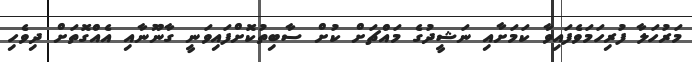
މަރުހަލާ ފުރިހަމަވެފައިވާ ކަމަށާއި ނަޝީދުގެ މައްޗަށް ކުށް ސާބިތުކޮށްފައިވަނީ ގާނޫނާއި އެއްގޮތަށް ދިވެހި